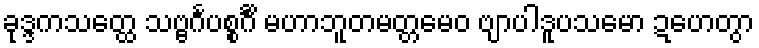
ခုဒ္ဒကသတ္ထေ သဗ္ဗင်္ဂပစ္စင်္ဂိံ မဟာဘူတမတ္တမေဝ ဗျာပါဒူပသမော ဍဟေတွာ